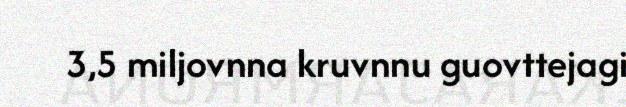
3,5 miljovnna kruvnnu guovttejagi